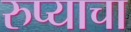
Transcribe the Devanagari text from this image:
रुप्याचा